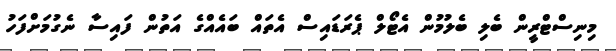
މިނިސްޓްރީން ބެލި ބެލުމުން އެޓޯލް ޕެރަޑައިސް އެތައް ބައެއްގެ އަތުން ފައިސާ ނެގުމަށްފަހު